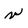
Character: v